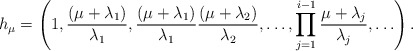
\begin{align*}h_\mu=\left(1,\frac{(\mu+\lambda_1)}{\lambda_1},\frac{(\mu+\lambda_1)}{{\lambda_1}}\frac{(\mu+\lambda_2)}{\lambda_2},\ldots,\prod_{j=1}^{i-1}\frac{\mu+\lambda_j}{\lambda_j},\ldots\right).\end{align*}